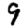
Digit: 9